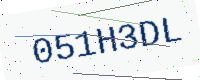
Text: 051H3DL